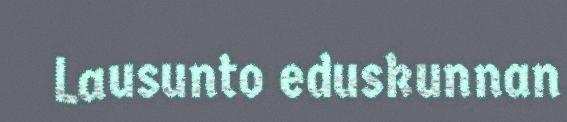
Lausunto eduskunnan